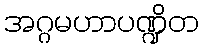
အဂ္ဂမဟာပဏ္ဍိတ